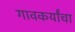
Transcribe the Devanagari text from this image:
गावकर्यांचा